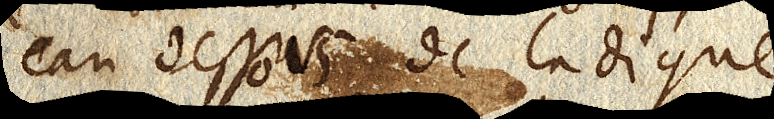
au dessous de la digue